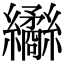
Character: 𦇹